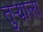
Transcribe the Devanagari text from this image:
तुर्‍याला